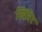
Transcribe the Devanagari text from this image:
स्प्रिरिट